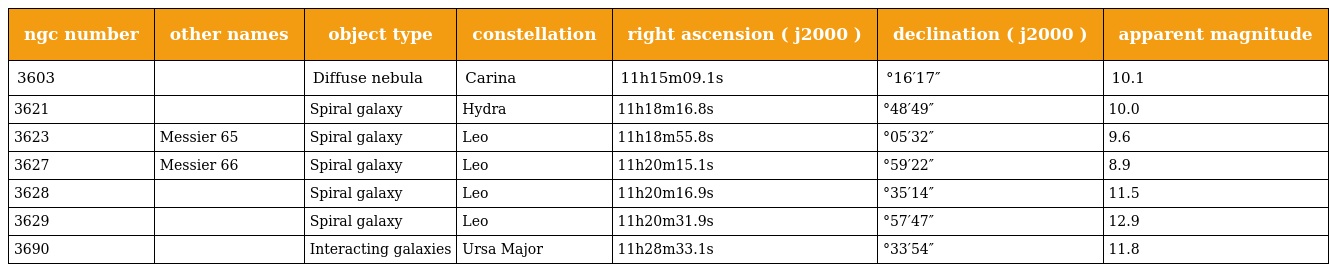
| ngc number | other names | object type | constellation | right ascension ( j2000 ) | declination ( j2000 ) | apparent magnitude |
 | --- | --- | --- | --- | --- | --- | --- |
 | 3603 |  | Diffuse nebula | Carina | 11h15m09.1s | °16′17″ | 10.1 |
 | 3621 |  | Spiral galaxy | Hydra | 11h18m16.8s | °48′49″ | 10.0 |
 | 3623 | Messier 65 | Spiral galaxy | Leo | 11h18m55.8s | °05′32″ | 9.6 |
 | 3627 | Messier 66 | Spiral galaxy | Leo | 11h20m15.1s | °59′22″ | 8.9 |
 | 3628 |  | Spiral galaxy | Leo | 11h20m16.9s | °35′14″ | 11.5 |
 | 3629 |  | Spiral galaxy | Leo | 11h20m31.9s | °57′47″ | 12.9 |
 | 3690 |  | Interacting galaxies | Ursa Major | 11h28m33.1s | °33′54″ | 11.8 |